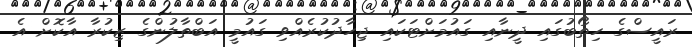
ރައީސްގެ ހިތޯބުގައި ދީނާއި ގައުމަށްޓަކައި ޖިހާދުކުރެއްވި ގައުމީ އަބްތާލުންގެ ޒިކުރާ އާކޮށް އެ